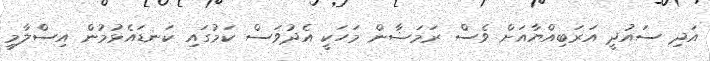
އަދި ސައުދީ އަރަބިއްޔާއަށް ވެސް ރަމަޟާން މަހަކީ އެދުވަސް ކަމުގައި ކަނޑައެޅުމުން އިސްލާމީ